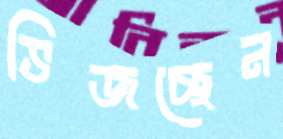
ভিজচ্ছেন